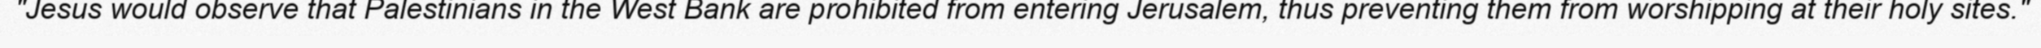
"Jesus would observe that Palestinians in the West Bank are prohibited from entering Jerusalem, thus preventing them from worshipping at their holy sites."